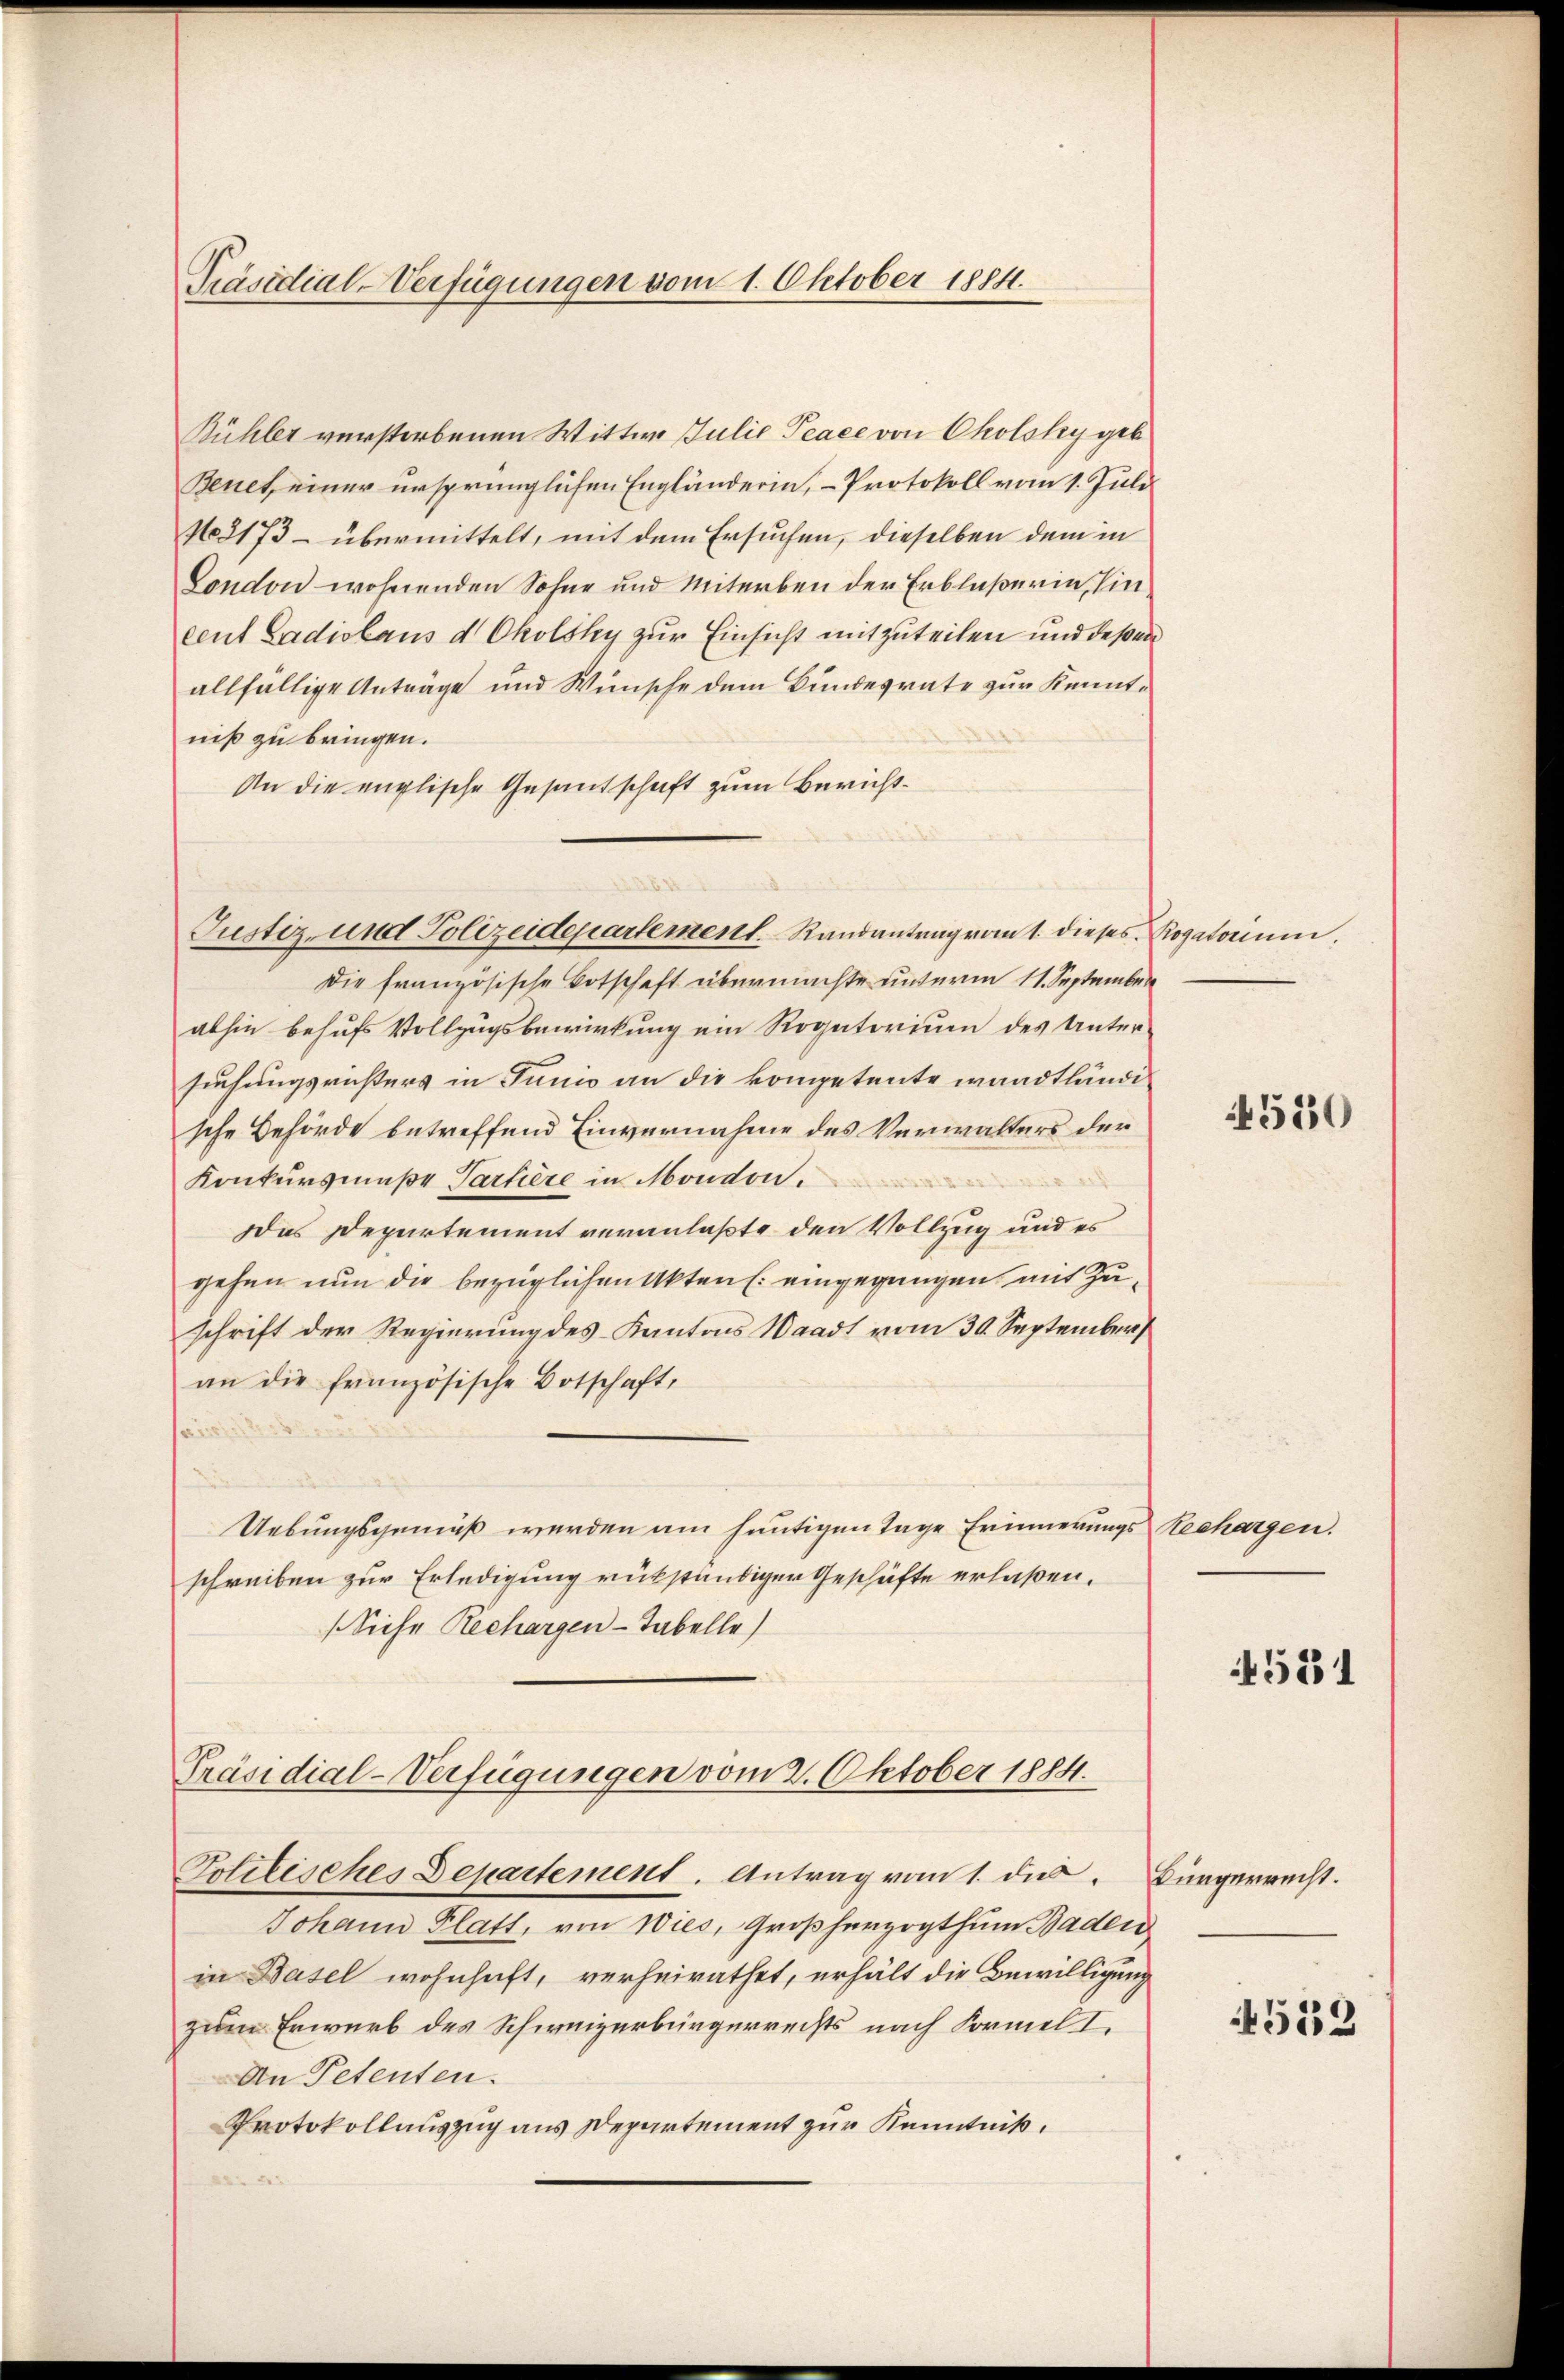
Präsidial-Verfügungen vom 1. Oktober 1884.

Bühler verstorbenen Wittwe Julie Teace von Cholsky geb.
Benet, einer ursprünglichen Engländerin, - Protokoll vom 1. Juli
N3173 - übermittelt, mit dem Ersuchen, dieselben dem in
London wohnenden Sohne und Miterben der Erblaßerin, hincent Ladislaus d Okolsky zur Einsicht mitzuteilen und deßen
allfällige Anträge und Wünsche dem Bundesrate zur Kenntniß zu bringen.
An die englische Gesandschaft zum Bericht¬
Die französische Botschaft übermachte unterm 11. September
abhin behufs Vollzugsbewirkung ein Rogatorium des Unter-
suchungsrichters in Tunis an die kompetente wandtländische Behörde betreffend Einvernahme des Verwalters der
Konkursmaße Partiere in Mondon.
Das Departement veranlaßte den Vollzug und es
gehen nun die bezüglichen Akten (: eingegangen, mit Zuschrift der Regierung des Kantons Waadt vom 30. September
an die französische Botschaft,
Uebungsgemäß werden am heutigen Tage Erinnerungs Rechargen.
schreiben zur Erledigung rükständiger Geschäfte erlaßen.
(Siehe Rechargen-Tabelle)
Präsidial-Verfügungen vom 2. Oktober 1884.
Politisches Departement. Antrag vom 1. d. Bürgerrecht.
Johann Platt, von Wies, Großherzogthum Baden
in Basel wohnhaft, verheirathet, erhält die Bewilligung
zum Erwarb des Schweizerbürgerrechts nach Formel I.
An Petenten.
Protokollauszug aus Departement zur Kenntniß.

Justiz- und Polizeidepartement. Randantrag vom 1. dieses Rogatorium.

4550

4521

4552